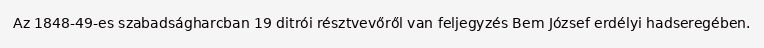
Az 1848-49-es szabadságharcban 19 ditrói résztvevőről van feljegyzés Bem József erdélyi hadseregében.